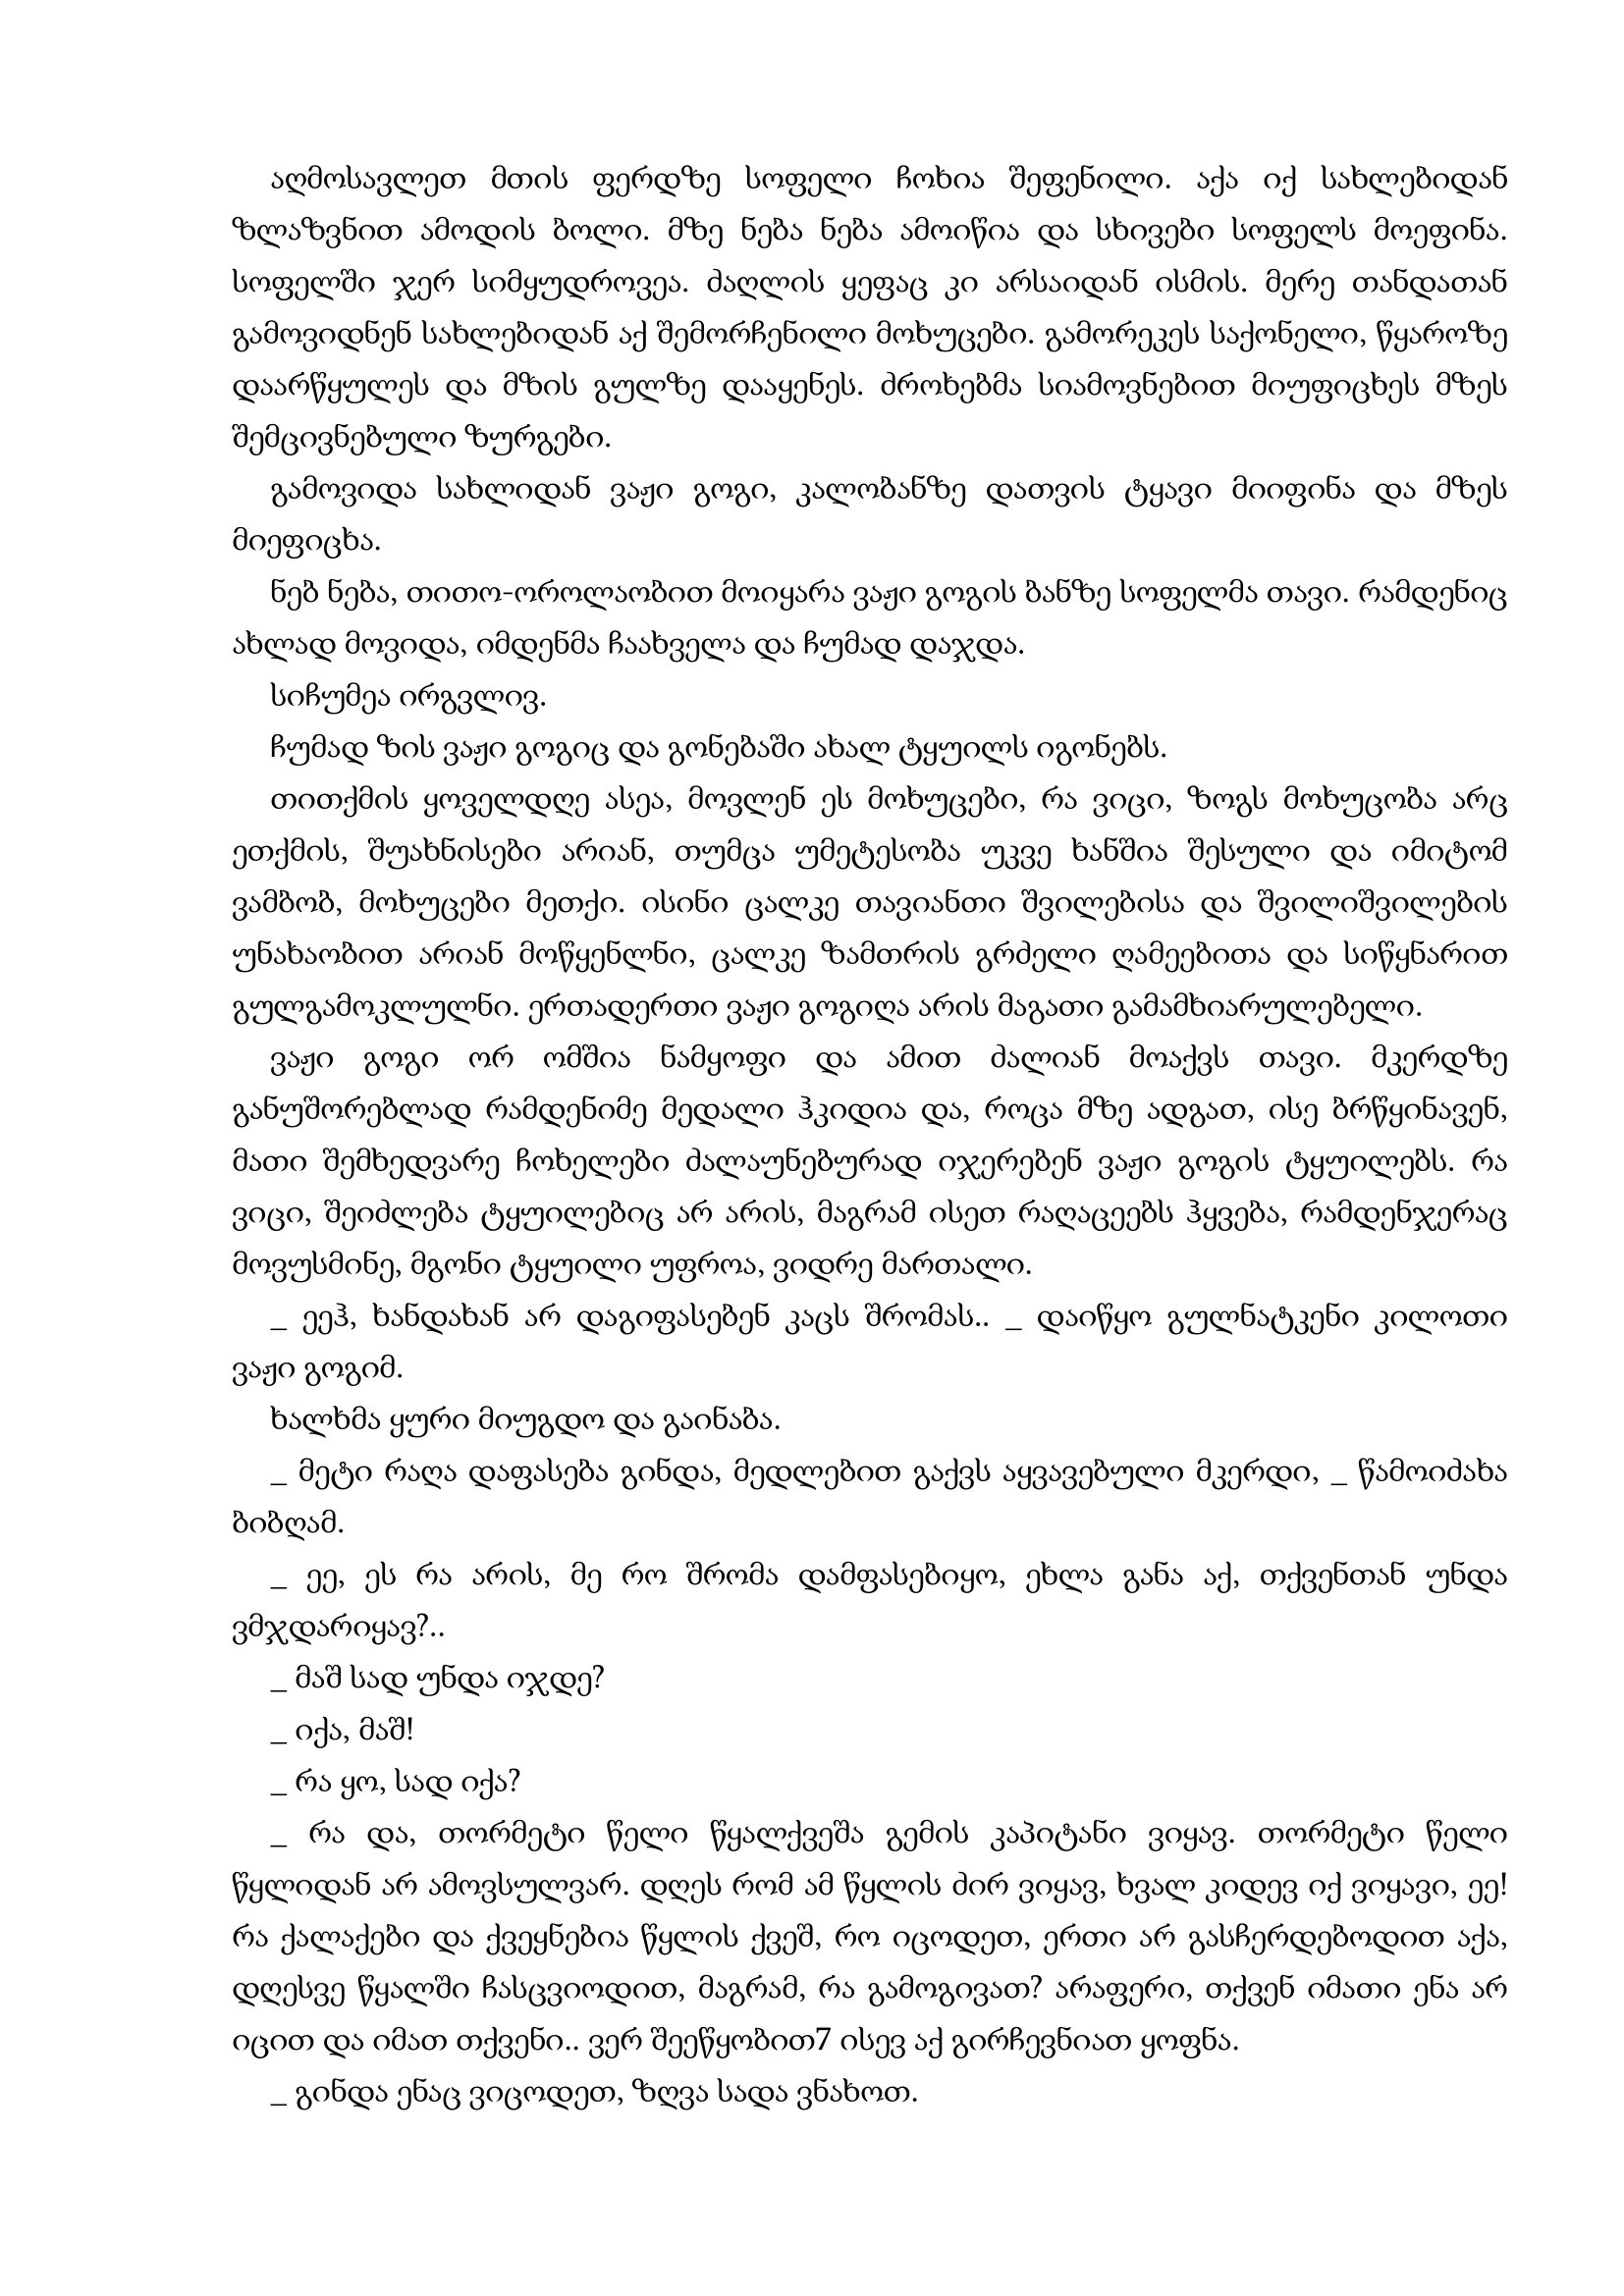
Language: gr